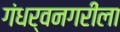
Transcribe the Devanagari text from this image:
गंधर्वनगरीला